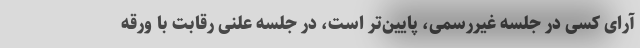
آرای کسی در جلسه غیررسمی، پایین‌تر است، در جلسه علنی رقابت با ورقه